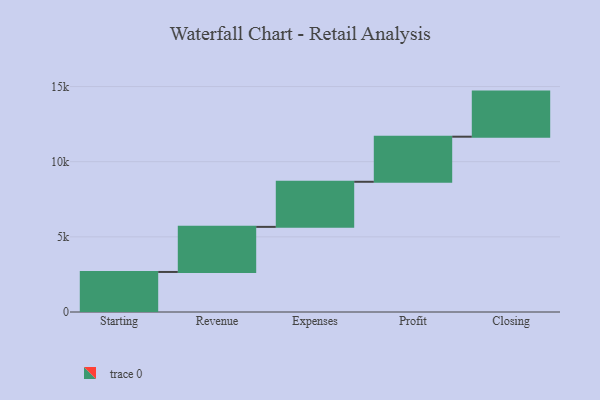
{"axis": {"x": "Step", "y": "Value"}, "legend": [""], "data": [{"x": "Starting", "y": 2664.0, "type": ""}, {"x": "Revenue", "y": 3000, "type": ""}, {"x": "Expenses", "y": 3000, "type": ""}, {"x": "Profit", "y": 3000, "type": ""}, {"x": "Closing", "y": 3000, "type": ""}]}